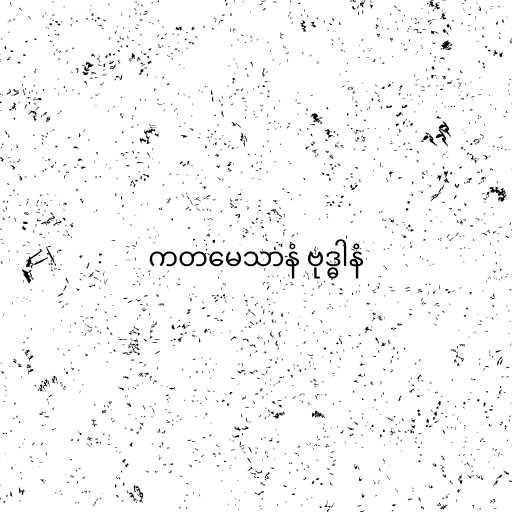
ကတမေသာနံ ဗုဒ္ဓါနံ